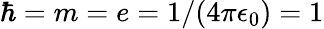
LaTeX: \hbar=m=e=1/(4\pi\epsilon_{0})=1